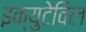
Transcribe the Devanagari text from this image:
इक्युटेविल